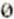
0